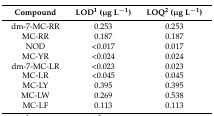
<table><thead><tr><td><b>Compound</b></td><td><b>LOD<sup>1</sup> (μg L<sup>−1</sup>)</b></td><td><b>LOQ<sup>2</sup> (μg L<sup>−1</sup>)</b></td></tr></thead><tbody><tr><td>dm-7-MC-RR</td><td>0.253</td><td>0.253</td></tr><tr><td>MC-RR</td><td>0.187</td><td>0.187</td></tr><tr><td>NOD</td><td>&lt;0.017</td><td>0.017</td></tr><tr><td>MC-YR</td><td>&lt;0.024</td><td>0.024</td></tr><tr><td>dm-7-MC-LR</td><td>&lt;0.023</td><td>0.023</td></tr><tr><td>MC-LR</td><td>&lt;0.045</td><td>0.045</td></tr><tr><td>MC-LY</td><td>0.395</td><td>0.395</td></tr><tr><td>MC-LW</td><td>0.269</td><td>0.538</td></tr><tr><td>MC-LF</td><td>0.113</td><td>0.113</td></tr></tbody></table>